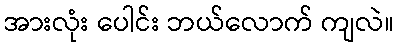
အားလုံး ပေါင်း ဘယ်လောက် ကျလဲ။